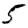
Digit: 5